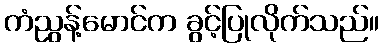
ကံညွန့်မောင်က ခွင့်ပြုလိုက်သည်။